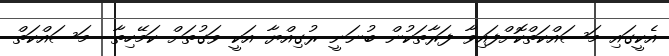
އެކީގައި މަސައްކަތްކޮށްފައިވާ ފަރާތަކުން ބުނަނީ ރުގިއްޔާ އަކީ ވަގުތަށް ކަމޭހިތާ  މަސައްކަތް